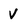
Character: V